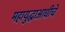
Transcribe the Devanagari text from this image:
महायुद्धाआधीचे